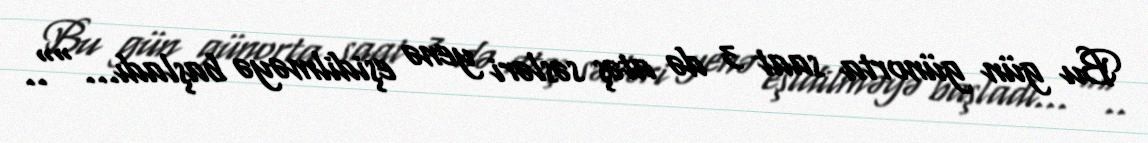
Bu gün günorta saat 3 də atəş səsləri yenə eşidilməyə başladı...""..